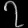
Digit: ၇